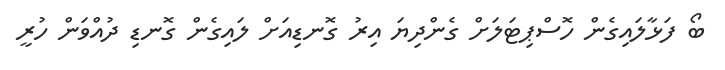
ބޯ ފަޅާލައިގެން ހޮސްޕިޓަލަށް ގެންދިޔަ އިރު ގޮނޑިއަށް ލައިގެން ގޮނޑި ދުއްވަން ހުރީ